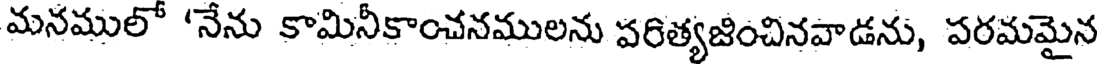
మనములో 'నేను కామినీకాంచనములను పరిత్యజించినవాడను, పరమమైన